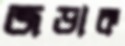
জড়াক